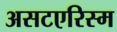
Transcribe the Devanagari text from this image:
असटएरिस्म